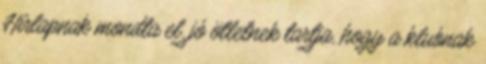
Hírlapnak mondta el, jó ötletnek tartja, hogy a klubnak